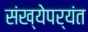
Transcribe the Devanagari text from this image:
संख्येपर्यंत